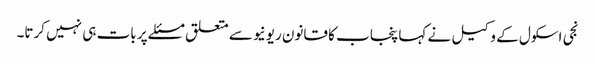
نجی اسکول کے وکیل نے کہا پنجاب کا قانون ریونیو سے متعلق مسئلے پر بات ہی نہیں کرتا۔